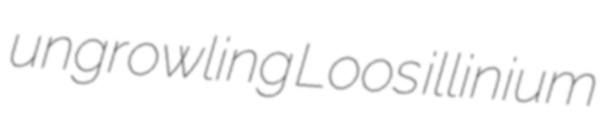
ungrowling Loos illinium